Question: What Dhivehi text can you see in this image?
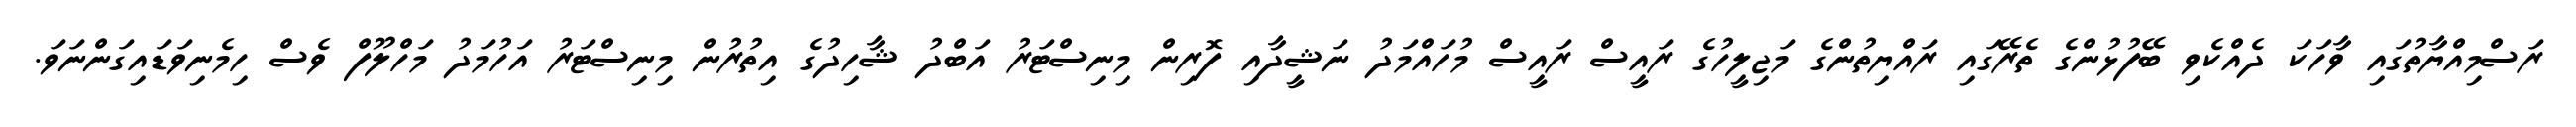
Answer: ރަސްމިއްޔާތުގައި ވާހަކަ ދެއްކެވި ބޭފުޅުންގެ ތެރޭގައި ރައްޔިތުންގެ މަޖިލީހުގެ ރައީސް ރައީސް މުހައްމަދު ނަޝީދާއި ފޮރިން މިނިސްޓަރު އަބްދު ޝާހިދުގެ އިތުރުން މިނިސްޓަރު އަހުމަދު މަހްލޫފް ވެސް ހިމެނިވަޑައިގަންނަވަ.